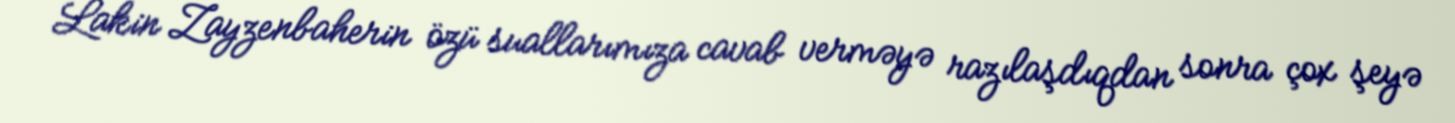
Lakin Zayzenbaherin özü suallarımıza cavab verməyə razılaşdıqdan sonra çox şeyə